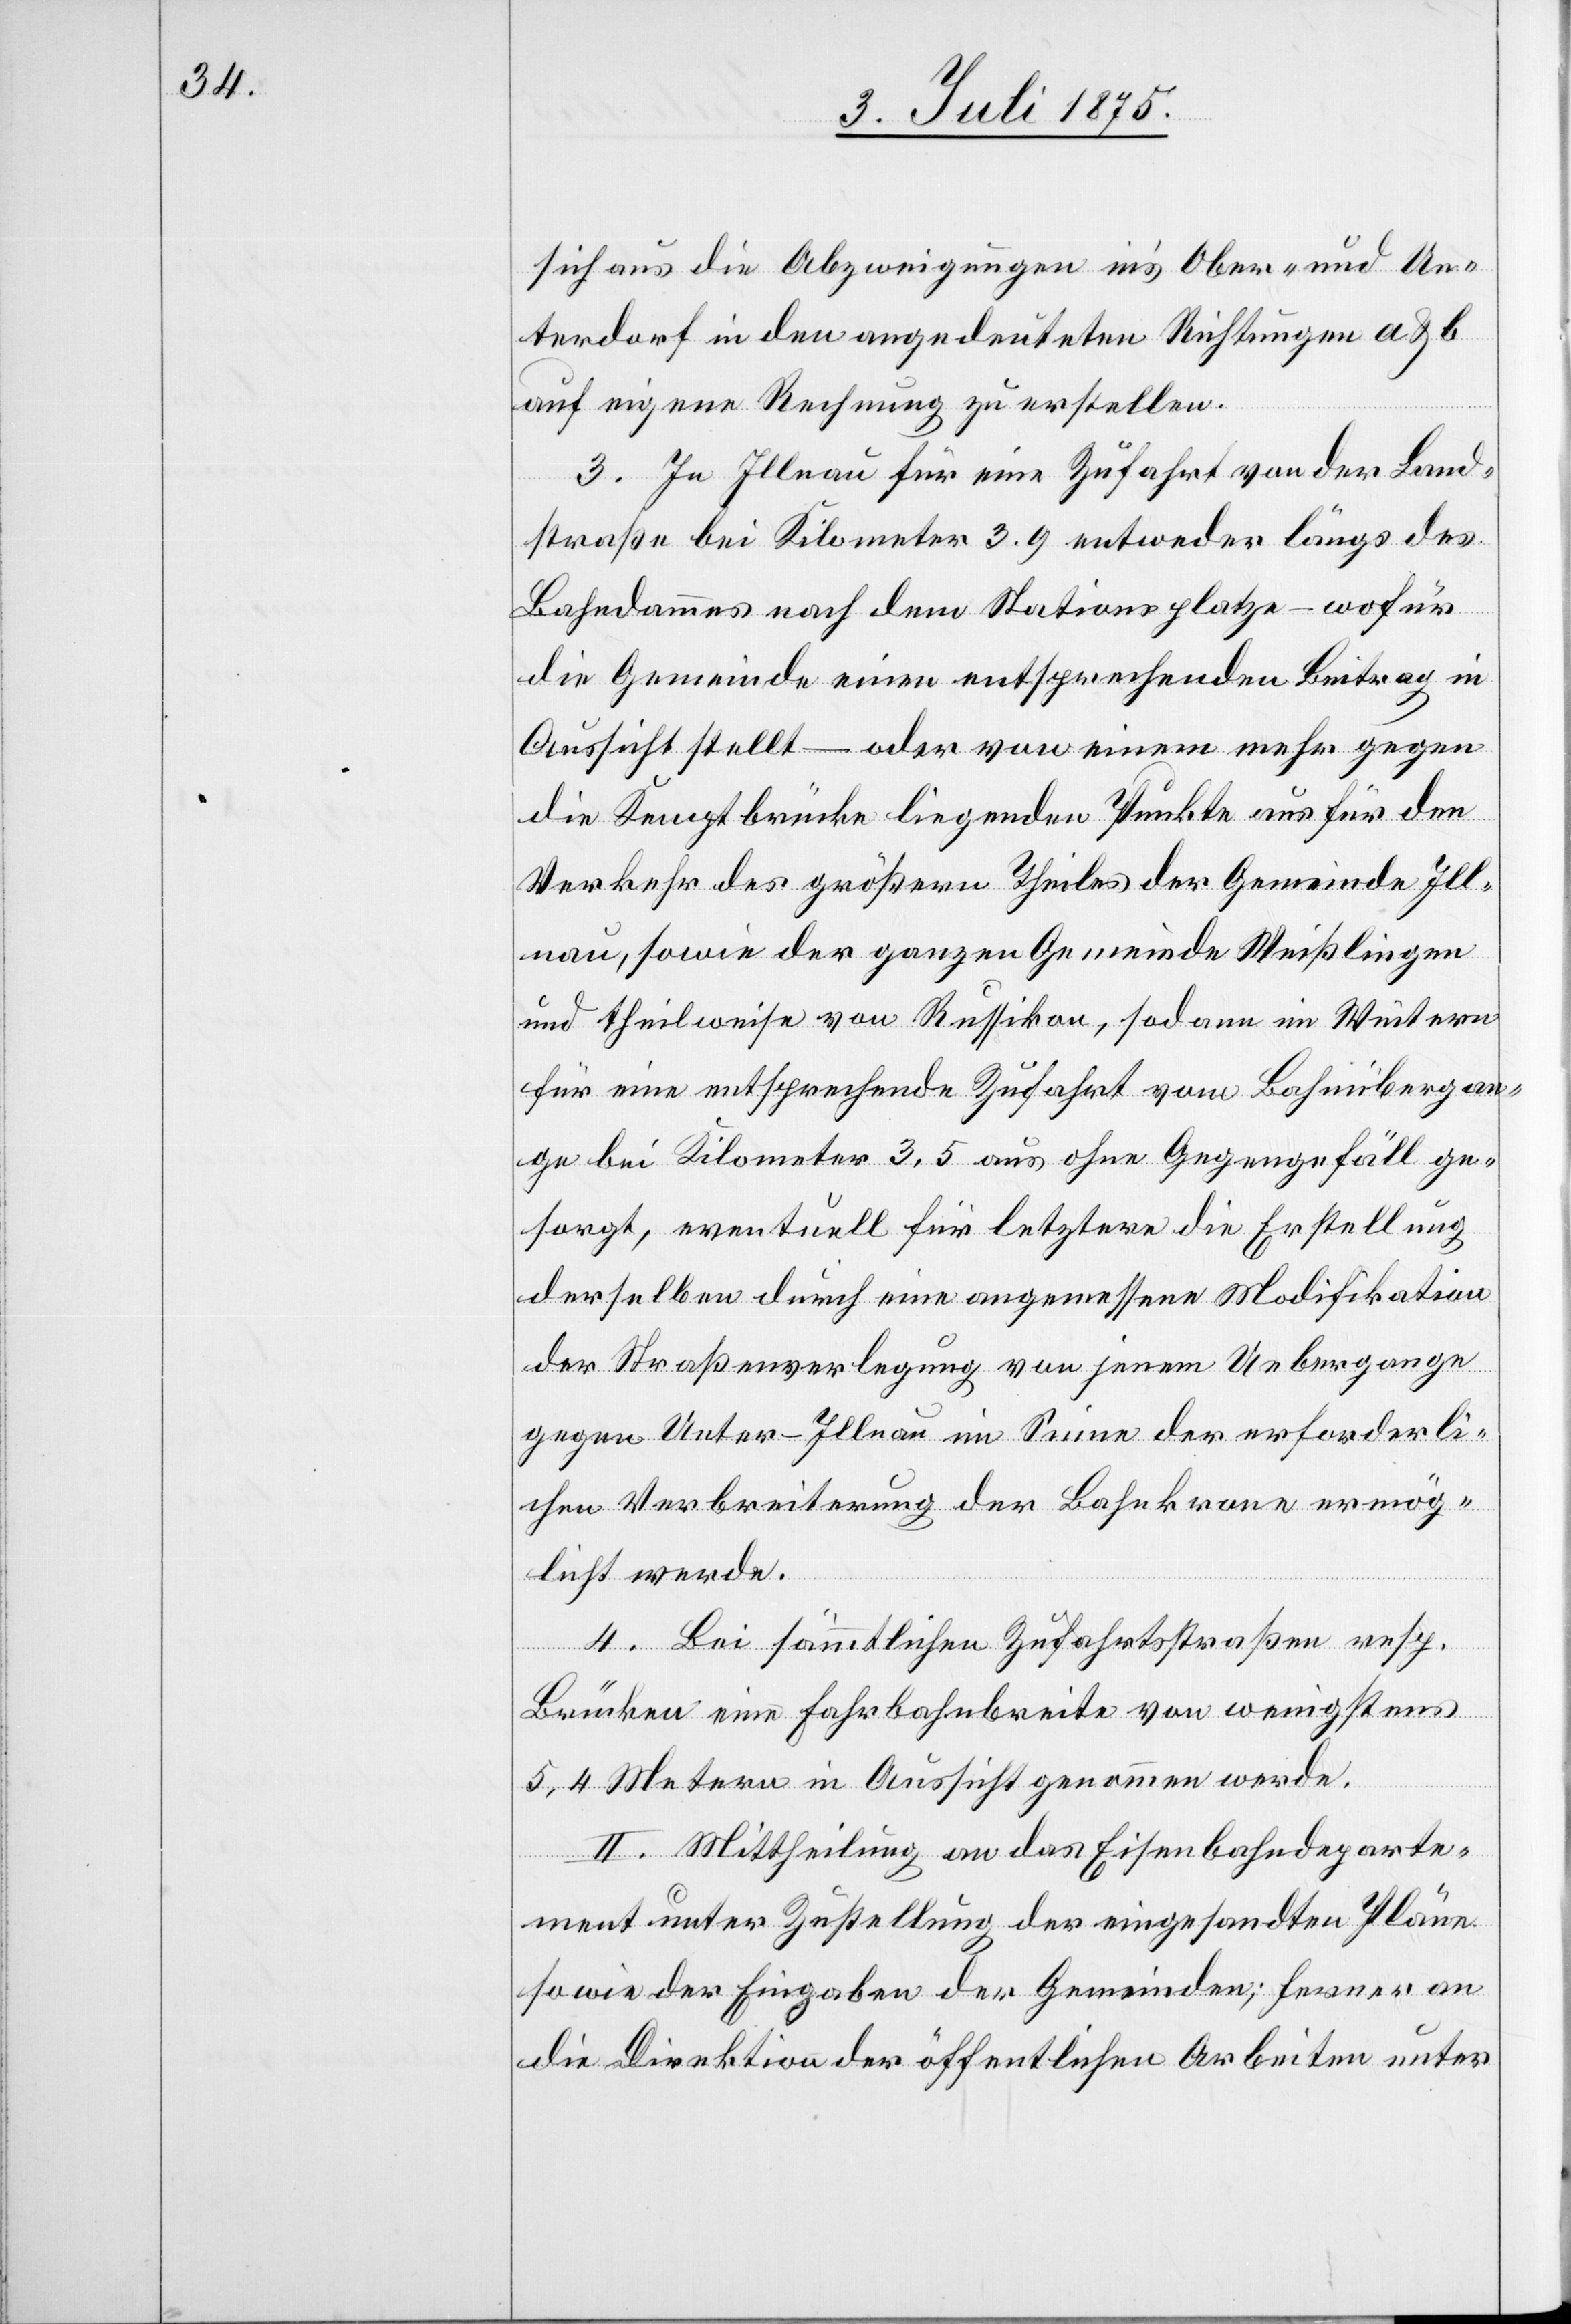
sich aus die Abzweigungen in’s Ober- und Un¬
terdorf in den angedeuteten Richtungen a & b
auf eigene Rechnung zu erstellen.
3. In Illnau für eine Zufahrt von der Land¬
straße bei Kilometer 3.9 entweder längs des
Bahndammes nach dem Stationsplatze – wofür
die Gemeinde einen entsprechenden Beitrag in
Aussicht stellt – oder von einem mehr gegen
die Kemptbrücke liegenden Punkte aus für den
Verkehr des größern Theiles der Gemeinde Ill¬
nau, sowie der ganzen Gemeinde Weißlingen
und theilweise von Russikon, sodann im Weitern
für eine entsprechende Zufahrt vom Bahnübergan¬
ge bei Kilometer 3.5 aus ohne Gegengefäll ge¬
sorgt, eventuell für letztere die Erstellung
derselben durch eine angemessene Modifikation
der Straßenverlegung von jenem Uebergange
gegen Unter-Illnau im Sinne der erforderli¬
chen Verbreiterung der Bahnkrone ermög¬
licht werde.
4. Bei sämmtlichen Zufahrtsstraßen resp.
Brücken eine Fahrbahnbreite von wenigstens
5,4 Metern in Aussicht genommen werde.
II. Mittheilung an das Eisenbahndeparte¬
ment unter Zustellung der eingesandten Pläne
sowie der Eingaben der Gemeinden; ferner an
die Direktion der öffentlichen Arbeiten unter